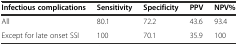
| Infectious complications | Sensitivity | Specificity | PPV | NPV% |
 | --- | --- | --- | --- | --- |
 | All | 80.1 | 72.2 | 43.6 | 93.4 |
 | Except for late onset SSI | 100 | 70.1 | 35.9 | 100 |